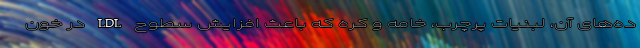
ده‌های آن، لبنیات پرچرب، خامه و کره که باعث افزایش سطوح LDL در خون